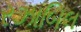
રઝાબિલ